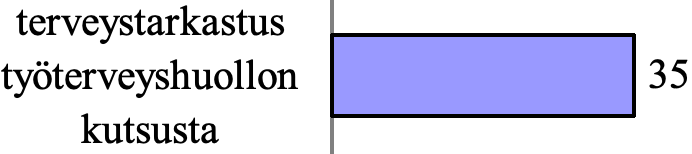
terveystarkastus työterveyshuollon     35 kutsusta